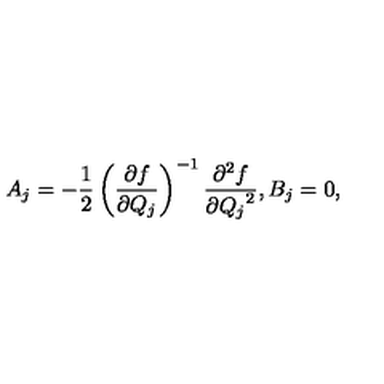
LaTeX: A _ { j } = - \frac { 1 } { 2 } \left( \frac { \partial f } { \partial Q _ { j } } \right) ^ { - 1 } \frac { \partial ^ { 2 } f } { \partial { Q _ { j } } ^ { 2 } } , B _ { j } = 0 ,